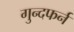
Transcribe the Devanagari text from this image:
गुन्दफर्न